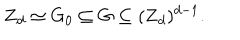
{ \bf Z } _ { d } \simeq G _ { 0 } \subseteq G \subseteq ( { \bf Z } _ { d } ) ^ { d - 1 } .